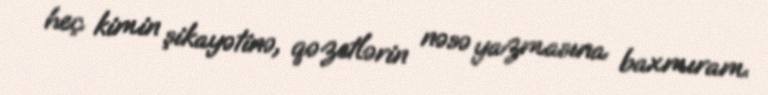
heç kimin şikayətinə, qəzetlərin nəsə yazmasına baxmıram.